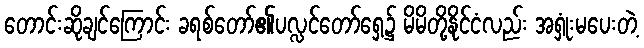
တောင်းဆိုချင်ကြောင်း ခရစ်တော်၏ပလ္လင်တော်ရှေ့၌ မိမိတို့နိုင်ငံလည်း အရှုံးမပေးတဲ့